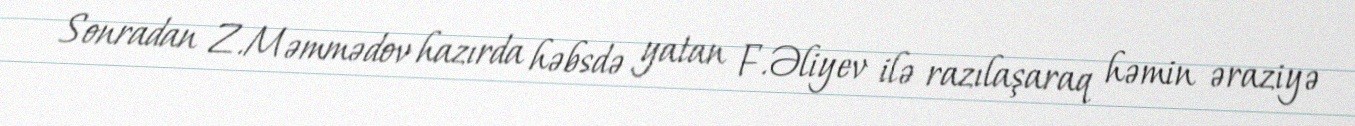
Sonradan Z.Məmmədov hazırda həbsdə yatan F.Əliyev ilə razılaşaraq həmin əraziyə